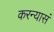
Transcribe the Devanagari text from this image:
करन्यासं